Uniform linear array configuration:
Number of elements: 64
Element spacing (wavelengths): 0.25
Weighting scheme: blackman
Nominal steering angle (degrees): -60
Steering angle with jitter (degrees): -58.515
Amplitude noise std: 0.05
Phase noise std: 0.05

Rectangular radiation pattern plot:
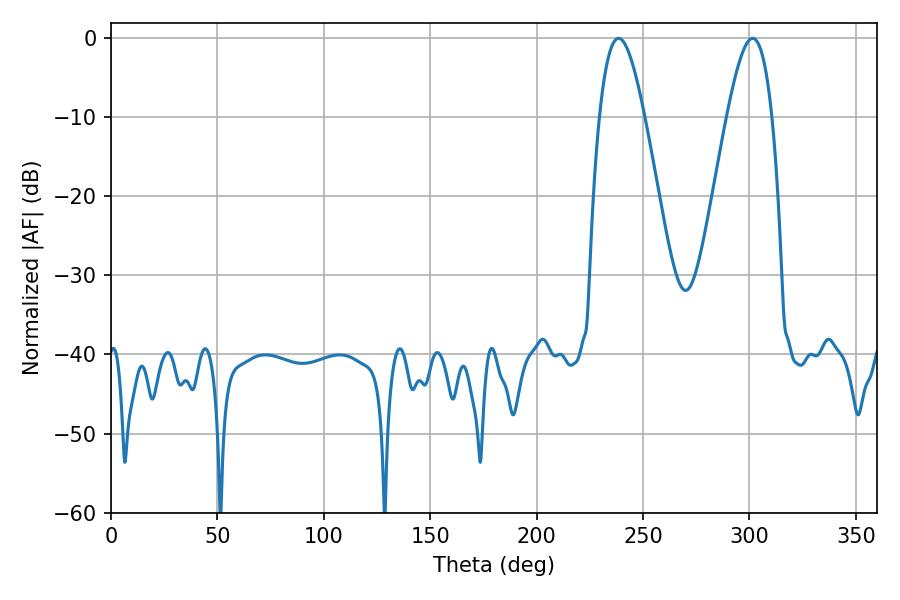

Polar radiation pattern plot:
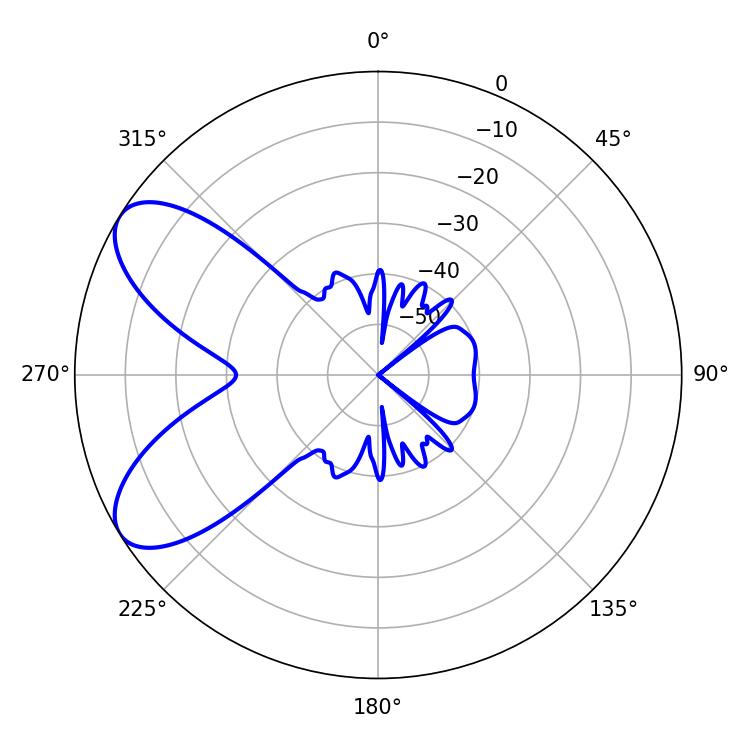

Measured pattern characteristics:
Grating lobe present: FALSE
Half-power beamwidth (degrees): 11.34
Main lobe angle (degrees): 238.5